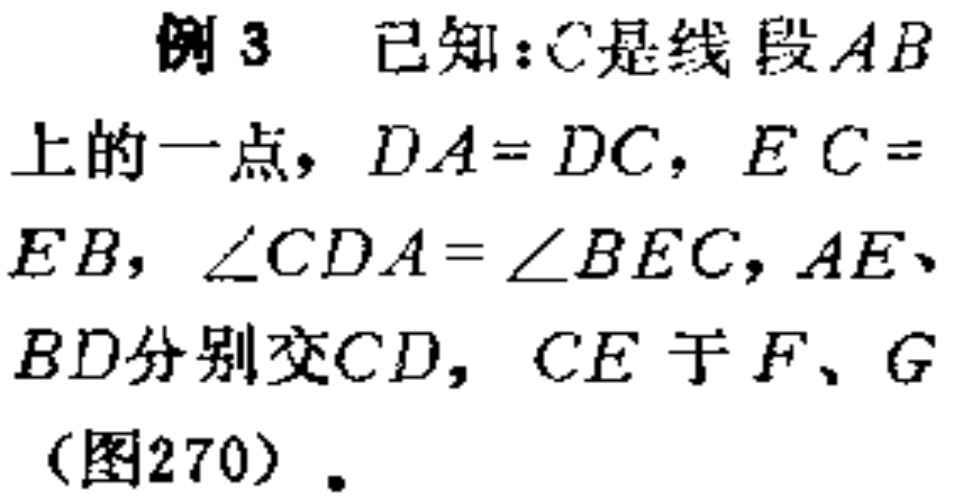
例3 已知：C是线段AB上的一点，$DA = DC$，$EC = EB$，$\angle CDA=\angle BEC$，$AE、BD$分别交$CD$，$CE$于$F、G$（图270）.